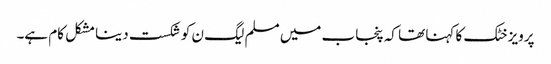
پرویز خٹک کا کہنا تھا کہ پنجاب میں مسلم لیگ ن کو شکست دینا مشکل کام ہے۔